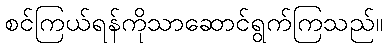
စင်ကြယ်ရန်ကိုသာဆောင်ရွက်ကြသည်။